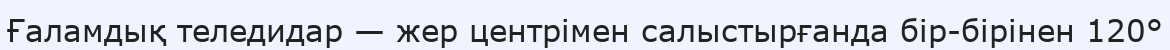
Ғаламдық теледидар — жер центрімен салыстырғанда бір-бірінен 120°